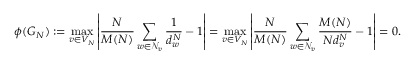
\phi ( G _ { N } ) : = \operatorname* { m a x } _ { v \in V _ { N } } \left\lvert \frac { N } { M ( N ) } \sum _ { w \in \mathcal { N } _ { v } } \frac { 1 } { d _ { w } ^ { N } } - 1 \right\rvert = \operatorname* { m a x } _ { v \in V _ { N } } \left\lvert \frac { N } { M ( N ) } \sum _ { w \in \mathcal { N } _ { v } } \frac { M ( N ) } { N d _ { v } ^ { N } } - 1 \right\rvert = 0 .